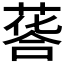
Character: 𦷌